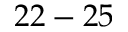
2 2 - 2 5